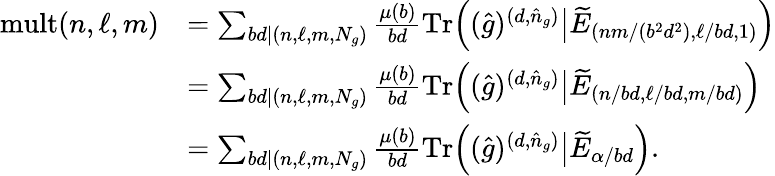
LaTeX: \begin{array}{rl}{\mathrm{mult}(n,\ell,m)}&{=\sum_{bd|(n,\ell,m,N_{g})}\frac{\mu(b)}{bd}\mathrm{Tr}\Big((\hat{g})^{(d,\hat{n}_{g})}\big|\widetilde{E}_{(nm/(b^{2}d^{2}),\ell/bd,1)}\Big)}\\ &{=\sum_{bd|(n,\ell,m,N_{g})}\frac{\mu(b)}{bd}\mathrm{Tr}\Big((\hat{g})^{(d,\hat{n}_{g})}\big|\widetilde{E}_{(n/bd,\ell/bd,m/bd)}\Big)}\\ &{=\sum_{bd|(n,\ell,m,N_{g})}\frac{\mu(b)}{bd}\mathrm{Tr}\Big((\hat{g})^{(d,\hat{n}_{g})}\big|\widetilde{E}_{\alpha/bd}\Big).}\end{array}